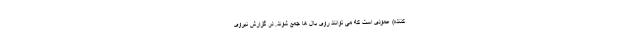
کننده) عمودی است که می توانند روی بال ها جمع شوند. در گزارش نیروی